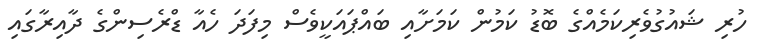
ހުރި ޝައުގުވެރިކަމެއްގެ ބޮޑު ކަމުން ކަމަށާއި ބައްޕައަކީވެސް މިފަދަ ހެއާ ޑްރެސިންގެ ދާއިރާގައި